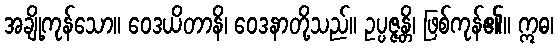
အချို့ကုန်သော။ ဝေဒယိတာနိ၊ ဝေဒနာတို့သည်။ ဥပ္ပဇ္ဇန္တိ၊ ဖြစ်ကုန်၏။ ဣဓ၊